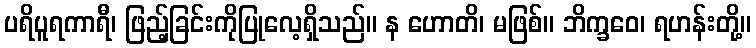
ပရိပူရကာရီ၊ ဖြည့်ခြင်းကိုပြုလေ့ရှိသည်။ န ဟောတိ၊ မဖြစ်။ ဘိက္ခဝေ၊ ရဟန်းတို့။